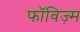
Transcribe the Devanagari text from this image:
फॉविज़्म